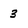
Character: 3